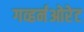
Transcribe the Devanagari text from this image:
गव्हर्नओरेट